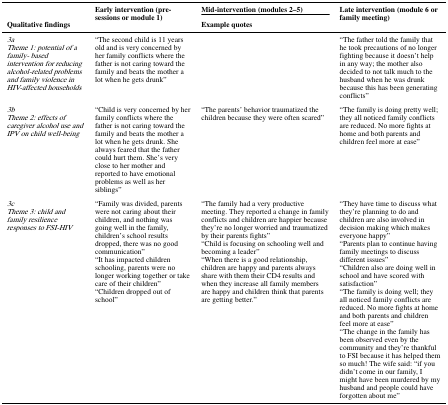
<table><thead><tr><td rowspan="2"><b>Qualitative findings</b></td><td rowspan="2"><b>Early intervention (pre-sessions or module 1)</b></td><td><b>Mid-intervention (modules 2–5)</b></td><td rowspan="2"><b>Late intervention (module 6 or family meeting)</b></td></tr><tr><td><b>Example quotes</b></td></tr></thead><tbody><tr><td><i>3a</i><i>Theme 1: potential of a family- based intervention for reducing alcohol-related problems and family violence in HIV-affected households</i></td><td>“The second child is 11 years old and is very concerned by her family conflicts where the father is not caring toward the family and beats the mother a lot when he gets drunk”</td><td></td><td>“The father told the family that he took precautions of no longer fighting because it doesn’t help in any way; the mother also decided to not talk much to the husband when he was drunk because this has been generating conflicts”</td></tr><tr><td><i>3b</i><i>Theme 2: effects of caregiver alcohol use and IPV on child well-being</i></td><td>“Child is very concerned by her family conflicts where the father is not caring toward the family and beats the mother a lot when he gets drunk. She always feared that the father could hurt them. She’s very close to her mother and reported to have emotional problems as well as her siblings”</td><td>“The parents’ behavior traumatized the children because they were often scared”</td><td>“The family is doing pretty well; they all noticed family conflicts are reduced. No more fights at home and both parents and children feel more at ease”</td></tr><tr><td><i>3c</i><i>Theme 3: child and family resilience responses to FSI-HIV</i></td><td>“Family was divided, parents were not caring about their children, and nothing was going well in the family, children’s school results dropped, there was no good communication”“It has impacted children schooling, parents were no longer working together or take care of their children”“Children dropped out of school”</td><td>“The family had a very productive meeting. They reported a change in family conflicts and children are happier because they’re no longer worried and traumatized by their parents fights”“Child is focusing on schooling well and becoming a leader”“When there is a good relationship, children are happy and parents always share with them their CD4 results and when they increase all family members are happy and children think that parents are getting better.”</td><td>“They have time to discuss what they’re planning to do and children are also involved in decision making which makes everyone happy”“Parents plan to continue having family meetings to discuss different issues”“Children also are doing well in school and have scored with satisfaction”“The family is doing well; they all noticed family conflicts are reduced. No more fights at home and both parents and children feel more at ease”“The change in the family has been observed even by the community and they’re thankful to FSI because it has helped them so much! The wife said: “if you didn’t come in our family, I might have been murdered by my husband and people could have forgotten about me”</td></tr></tbody></table>